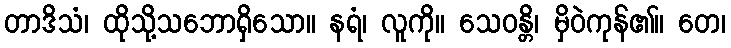
တာဒိသံ၊ ထိုသို့သဘောရှိသော။ နရံ၊ လူကို။ သေဝန္တိ၊ မှိဝဲကုန်၏။ တေ၊